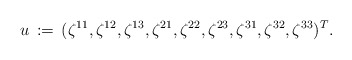
\begin{align*}u \,:=\, ( \zeta^{11}, \zeta^{12}, \zeta^{13}, \zeta^{21}, \zeta^{22}, \zeta^{23}, \zeta^{31}, \zeta^{32}, \zeta^{33})^T. \end{align*}